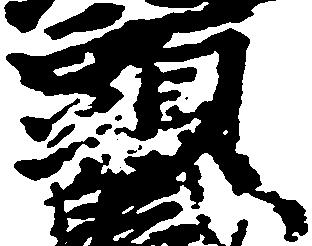
頭